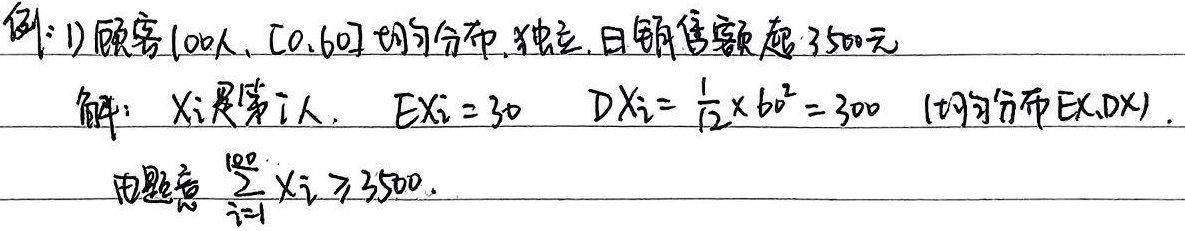
例：(1) 顾客有100人，服从\([0,60]\)均匀分布，且相互独立，求日销售额超3500元的情况。解：设\(X_i\)表示第\(i\)人的销售额，\(E(X_i)=30\)，\(D(X_i)=\frac{1}{12}\times60^{2}=300\)（均匀分布的\(E(X)\)、\(D(X)\)计算公式）。由题意可得\(\sum_{i = 1}^{100}X_i\geq3500\)。